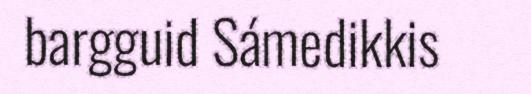
bargguid Sámedikkis